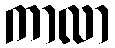
ကာလာ